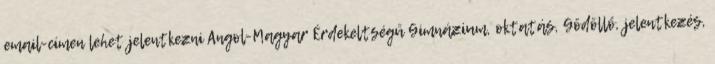
email-címen lehet jelentkezni Angol-Magyar Érdekeltségű Gimnázium, oktatás, Gödöllő, jelentkezés,